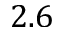
2 . 6